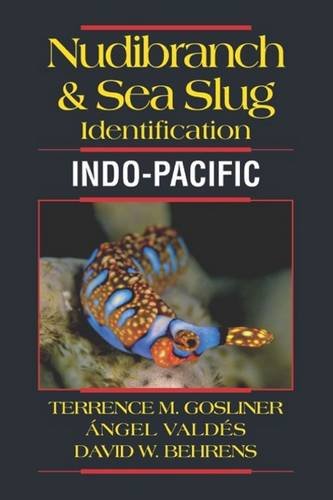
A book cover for Nudibranch & Sea Slug Identification; Terrence Gosliner; Science & Math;